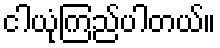
ငါယုံကြည်ပါတယ်။